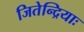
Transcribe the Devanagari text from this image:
जितेन्द्रियाः